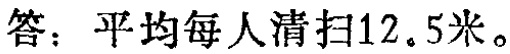
答：平均每人清扫12.5米。